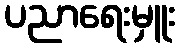
ပညာရေးမှူး